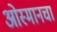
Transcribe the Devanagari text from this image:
ओस्मानचा